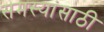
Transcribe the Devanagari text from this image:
समस्यांसाठी